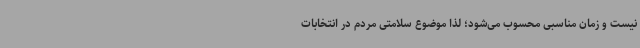
نیست و زمان مناسبی محسوب می‌شود؛ لذا موضوع سلامتی مردم در انتخابات